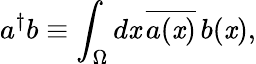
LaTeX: a^{\dagger}b\equiv\int_{\Omega}d\mathit{x}\, {\overline{{{a(\mathit{x})}}}}\, b(\mathit{x}),